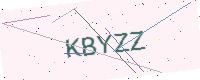
Text: KBYZZ